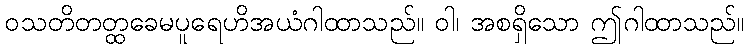
ဝသတိတတ္ထခေမပူရေဟိအယံဂါထာသည်။ ဝါ၊ အစရှိသော ဤဂါထာသည်။